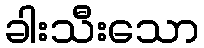
ခါးသီးသော